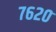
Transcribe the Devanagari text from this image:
७६२०